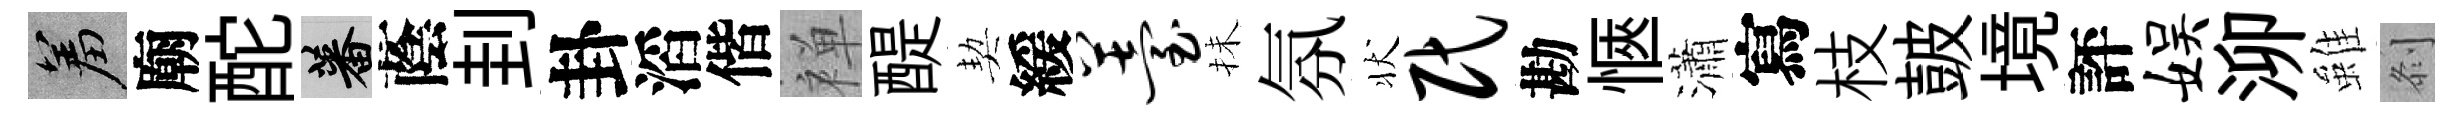
羞廟酡蕃蔭刲卦滔偕禅醍契緩薹抺氛状民勘愜瀟寫枝皷境評娱泖雖𠛴